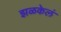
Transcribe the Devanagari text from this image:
झळकेलं